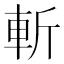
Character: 斬